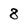
Character: 8